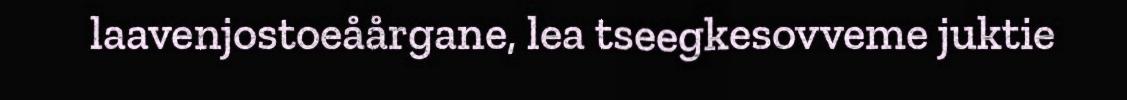
laavenjostoeåårgane, lea tseegkesovveme juktie